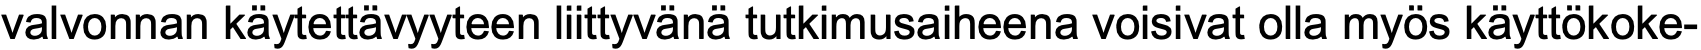
valvonnan käytettävyyteen liittyvänä tutkimusaiheena voisivat olla myös käyttökoke-